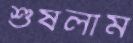
শুষলাম